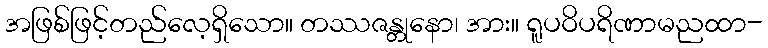
အဖြစ်ဖြင့်တည်လေ့ရှိသော။ တဿဇန္တုနော၊ အား။ ရူပဝိပရိဏာမညထာ-